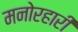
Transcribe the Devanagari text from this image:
मनोरहारी